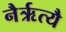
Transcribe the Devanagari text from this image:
नैर्ऋत्यै